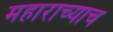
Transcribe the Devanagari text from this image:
महाराच्याच